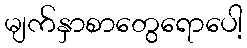
မျက်နှာစာတွေရောပေါ့